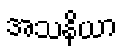
အသနိယာ